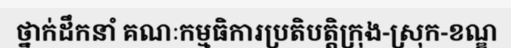
ថ្នាក់ដឹកនាំ គណៈកម្មធិការប្រតិបត្តិក្រុង-ស្រុក-ខណ្ឌ